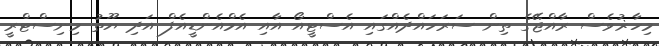
މިހާޜުވެސް ރާއްޖޭގެ ތިން ސަރަހައްދެއްގައި އެސްޓީއޯ އާއި އެމްއެންޑީއެފް އަދި ޔޫތު މިނިސްޓްރީ